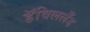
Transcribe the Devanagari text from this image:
हॅविललँड